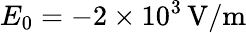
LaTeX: E_{0}=-2\times 10^{3}\, \mathrm{V/m}